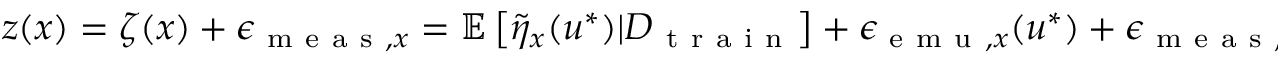
\begin{array} { r } { z ( x ) = \zeta ( x ) + \epsilon _ { \mathrm { ~ m ~ e ~ a ~ s ~ } , x } = \mathbb { E } \left[ \Tilde { \eta } _ { x } ( u ^ { * } ) \vert D _ { \mathrm { ~ t ~ r ~ a ~ i ~ n ~ } } \right] + \epsilon _ { \mathrm { ~ e ~ m ~ u ~ } , x } ( u ^ { * } ) + \epsilon _ { \mathrm { ~ m ~ e ~ a ~ s ~ } , x } + \epsilon _ { \mathrm { ~ o ~ t ~ h ~ e ~ r ~ } , x } . } \end{array}